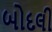
બોદલી